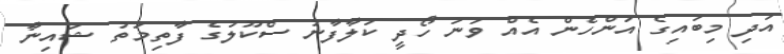
އަދި މިބައިގެ އަންހެން އެއް ވަނަ ހޯދީ ކަލާފާނު ސްކޫލުގެ ފާތިމަތު ޝައިނާ